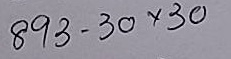
893 - 30 x 30